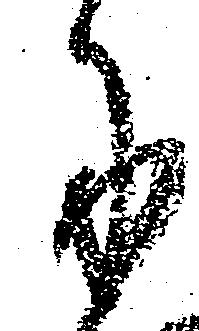
に